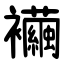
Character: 襺